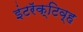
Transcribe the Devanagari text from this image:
इंटरॅक्टिव्ह